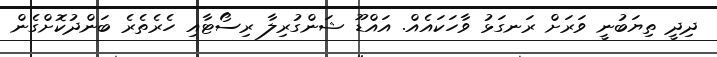
ދިދީ ތިޔަބުނީ ވަރަށް ރަނގަޅު ވާހަކައެއް. އައްޑޫ ޝަންގުރިލާ ރިސޯޓާއި ހެރެތެރެ ބަންދުކޮށްގެން